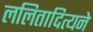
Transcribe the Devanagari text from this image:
ललितादित्यने